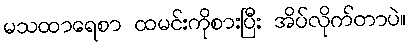
မသထာရေစာ ထမင်းကိုစားပြီး အိပ်လိုက်တာပဲ။